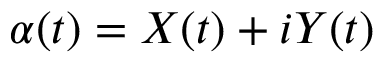
\alpha ( t ) = X ( t ) + i Y ( t )